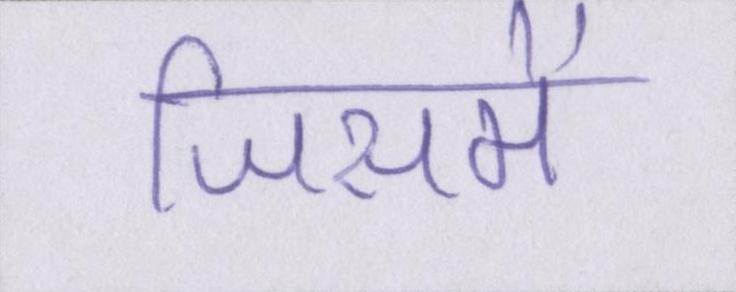
जिसमें